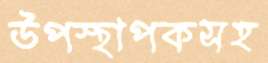
উপস্থাপকসহ